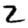
Digit: 2